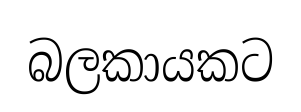
බලකායකට